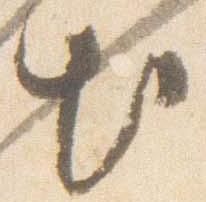
出